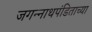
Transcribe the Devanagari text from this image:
जगन्‍नाथपंडिताच्या